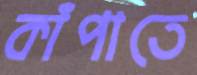
কাঁপাতে